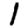
Digit: 1